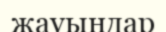
жауындар